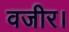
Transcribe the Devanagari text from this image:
वजीर।